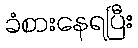
ခံစားနေရပြီး